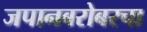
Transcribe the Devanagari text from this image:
जपानबरोबरचा